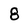
Character: 8